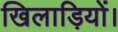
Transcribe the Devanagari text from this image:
खिलाड़ियों।